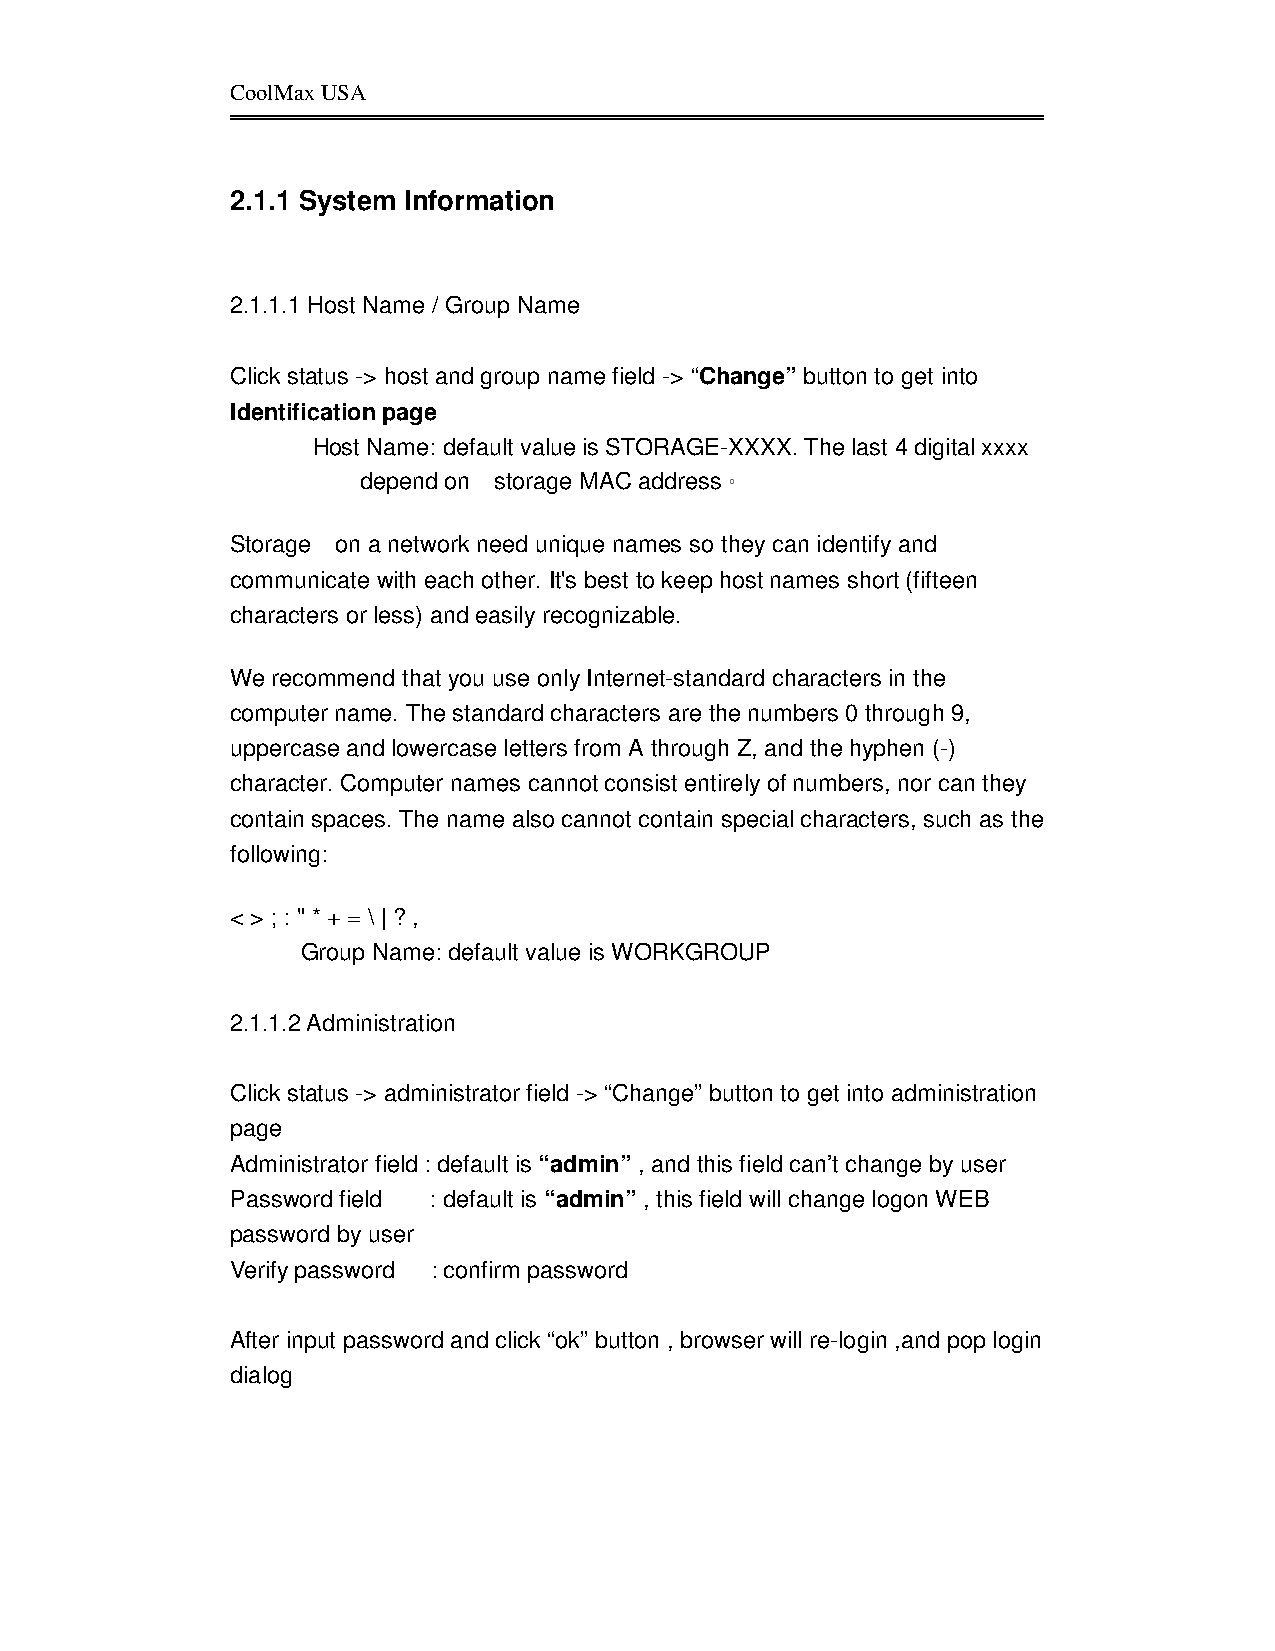
CoolMax USA
 2.1.1 System Information
 2.1.1.1 Host Name / Group Name
 Click status -> host and group name field -> “Change” button to get into
 Identification page
 Host Name: default value is STORAGE-XXXX. The last 4 digital xxxx
 depend on storage MAC address。
 Storage on a network need unique names so they can identify and
 communicate with each other. It's best to keep host names short (fifteen
 characters or less) and easily recognizable.
 We recommend that you use only Internet-standard characters in the
 computer name. The standard characters are the numbers 0 through 9,
 uppercase and lowercase letters from A through Z, and the hyphen (-)
 character. Computer names cannot consist entirely of numbers, nor can they
 contain spaces. The name also cannot contain special characters, such as the
 following:
 < > ; : " * + = \ | ? ,
 Group Name: default value is WORKGROUP
 2.1.1.2 Administration
 Click status -> administrator field -> “Change” button to get into administration
 page
 Administrator field : default is “admin” , and this field can’t change by user
 Password field : default is “admin” , this field will change logon WEB
 password by user
 Verify password : confirm password
 After input password and click “ok” button , browser will re-login ,and pop login
 dialog